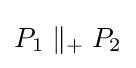
P_{1}\parallel _{+}P_{2}